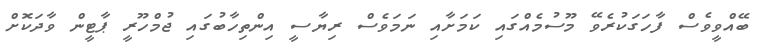
ބޭއްވީވެސް ފާހަގަކުރެވޭ މޫސުމެއްގައި ކަމަށާއި ނަމަވެސް ރިޔާސީ އިންތިހާބުގައި ޖުމްހޫރީ ޕާޓީން ވާދަކޮށް